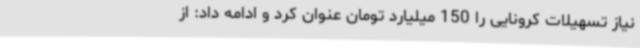
نیاز تسهیلات کرونایی را 150 میلیارد تومان عنوان کرد و ادامه داد: از